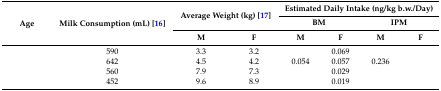
<table><thead><tr><td rowspan="3"><b>Age</b></td><td rowspan="3"><b>Milk Consumption (mL) [16]</b></td><td colspan="2" rowspan="2"><b>Average Weight (kg) [17]</b></td><td colspan="4"><b>Estimated Daily Intake (ng/kg b.w./Day)</b></td></tr><tr><td colspan="2"><b>BM</b></td><td colspan="2"><b>IPM</b></td></tr><tr><td><b>M</b></td><td><b>F</b></td><td><b>M</b></td><td><b>F</b></td><td><b>M</b></td><td><b>F</b></td></tr></thead><tbody><tr><td>[EMPTY_CELL]</td><td>590</td><td>3.3</td><td>3.2</td><td>[EMPTY_CELL]</td><td>0.069</td><td>[EMPTY_CELL]</td><td>[EMPTY_CELL]</td></tr><tr><td>[EMPTY_CELL]</td><td>642</td><td>4.5</td><td>4.2</td><td>0.054</td><td>0.057</td><td>0.236</td><td>[EMPTY_CELL]</td></tr><tr><td>[EMPTY_CELL]</td><td>560</td><td>7.9</td><td>7.3</td><td>[EMPTY_CELL]</td><td>0.029</td><td>[EMPTY_CELL]</td><td>[EMPTY_CELL]</td></tr><tr><td>[EMPTY_CELL]</td><td>452</td><td>9.6</td><td>8.9</td><td>[EMPTY_CELL]</td><td>0.019</td><td>[EMPTY_CELL]</td><td>[EMPTY_CELL]</td></tr></tbody></table>